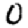
Digit: 0